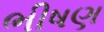
ભીષણ